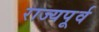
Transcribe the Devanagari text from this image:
राज्यपूर्व